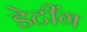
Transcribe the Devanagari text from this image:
डेटींग